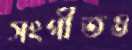
সংগীতও